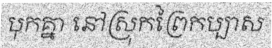
បុកគ្នា នៅស្រុកព្រៃកប្បាស